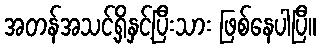
အတန်အသင့်ရှိနှင့်ပြီးသား ဖြစ်နေပါပြီ။